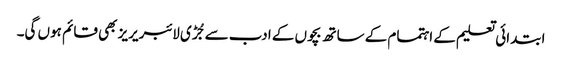
ابتدائی تعلیم کے اہتمام کے ساتھ بچوں کے ادب سے جُڑی لائبریریز بھی قائم ہوں گی۔